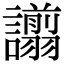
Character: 譾